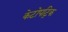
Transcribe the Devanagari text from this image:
केटोपट्रिक